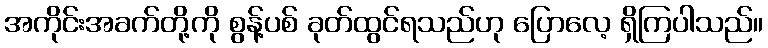
အကိုင်းအခက်တို့ကို စွန့်ပစ် ခုတ်ထွင်ရသည်ဟု ပြောလေ့ ရှိကြပါသည်။